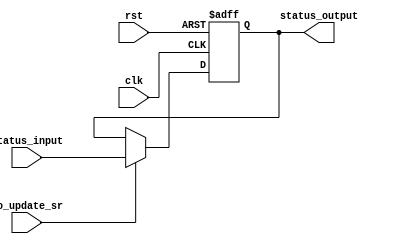
module status_register(
    input               clk,
    input               rst,
    input       [3:0]   status_input,
    input               do_update_sr,

    output reg  [3:0]   status_output
);

    always @(negedge clk, posedge rst) begin
        if(rst)                 status_output <= 4'b0;
        else if(do_update_sr)   status_output <= status_input;
        else                    status_output <= status_output;
    end

endmodule